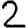
Digit: 2